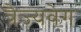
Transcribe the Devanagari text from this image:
त्रैज्यवेग